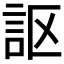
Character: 𧦅